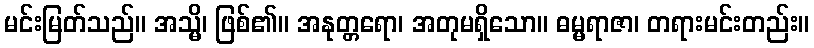
မင်းမြတ်သည်။ အသ္မိ၊ ဖြစ်၏။ အနုတ္တရော၊ အတုမရှိသော။ ဓမ္မရာဇာ၊ တရားမင်းတည်း။